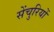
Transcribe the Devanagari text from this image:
सेंचुरियों